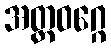
အတ္တဝဂ္ဂေ